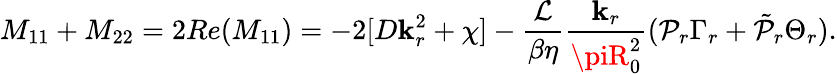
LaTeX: M_{11}+M_{22}=2Re(M_{11})=-2[D\mathbf{k}_{r}^{2}+\chi]-\frac{{\mathcal{{L}}}}{{\beta\eta}}\frac{{\mathbf{k}_{r}}}{{\piR_{0}^{2}}}(\mathcal{{P}}_{r}\Gamma_{r}+\tilde{{\mathcal{{P}}}}_{r}\Theta_{r}).